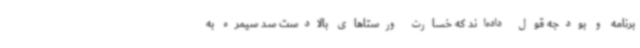
برنامه و بودجه قول داده‌اند که خسارت ورستاهای بالادست سد سیمره به